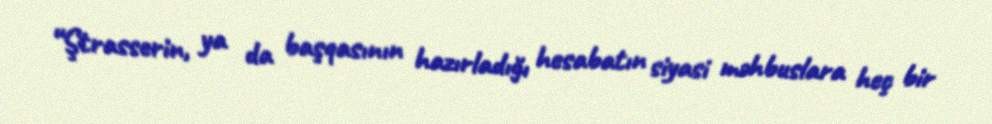
“Ştrasserin, ya da başqasının hazırladığı hesabatın siyasi məhbuslara heç bir